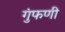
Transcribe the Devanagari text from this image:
गुंफणी